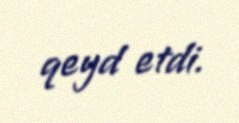
qeyd etdi.